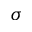
\sigma